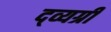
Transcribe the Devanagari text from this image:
द्व्यग्री